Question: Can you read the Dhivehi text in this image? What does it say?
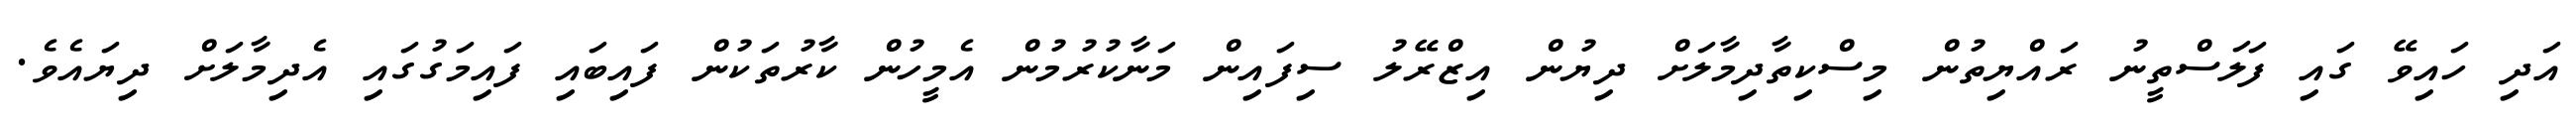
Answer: އަދި ހައިވޭ ގައި ފަލަސްތީނު ރައްޔިތުން މިސްކިތާދިމާލަށް ދިޔުން އިޒްރޭލު ސިފައިން މަނާކުރުމުން އެމީހުން ކާރުތަކުން ފައިބައި ފައިމަގުގައި އެދިމާލަށް ދިޔައެވެ.